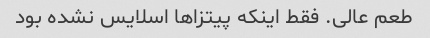
طعم عالی. فقط اینکه پیتزا‌ها اسلایس نشده بود